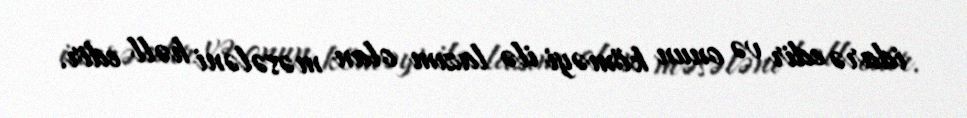
idarə edir və onun köməyi ilə lazım olan məsələni həll edir.